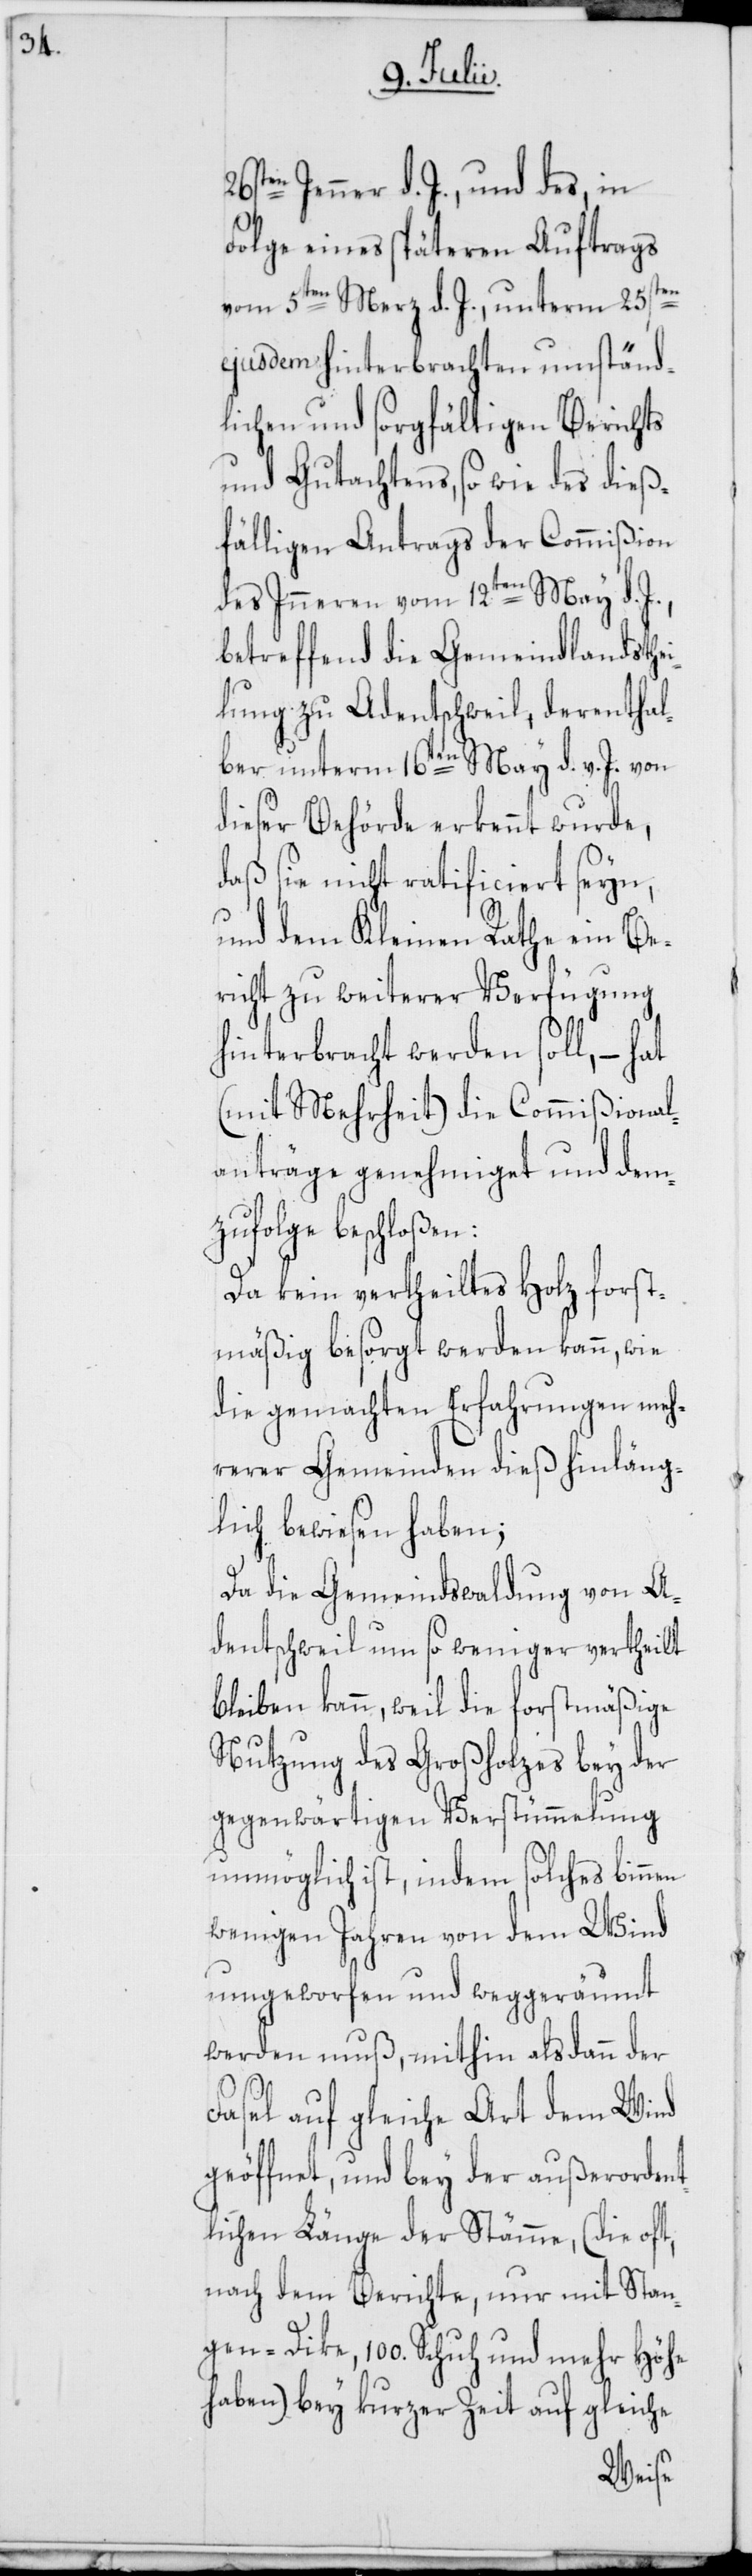
Jenner d. J., und des, in
Folge eines späteren Auftrags
vom 5ten Merz d. J., unterm 25sten
ejusdem hinterbrachten umständ¬
lichen und sorgfältigen Berichts
und Gutachtens, so wie des dieß¬
fälligen Antrags der Commißion
des Inneren vom 12ten May d.
betreffend die Gemeindlandsthei¬
lung zu Adentschweil, derenthal¬
ber unterm 16ten May d. v. J. von
dieser Behörde erkennt wurde,
daß sie nicht ratificiert seyn,
und dem Kleinen Rathe ein Be¬
richt zu weiterer Verfügung
hinterbracht werden soll, – hat
(mit Mehrheit) die Commißional¬
anträge genehmiget und dem¬
zufolge beschloßen:
Da kein vertheiltes Holz forst¬
mäßig besorgt werden kann, wie
die gemachten Erfahrungen meh¬
rerer Gemeinden dieß hinläng¬
lich bewiesen haben;
Da die Gemeindswaldung von A¬
dentschweil um so weniger vertheilt
bleiben kann, weil die forstmäßige
Nutzung des Großholzes bey der
gegenwärtigen Verstümmelung
unmöglich ist, indem solches binnen
wenigen Jahren von dem Wind
umgeworfen und weggeräumt
werden muß, mithin alsdann der
Fasel auf gleiche Art dem Wind
geöffnet, und bey der außerordent¬
lichen Länge der Stämme, (die oft,
nach dem Berichte, nur mit Stan¬
gen-Dike, 100. Schuh und mehr Höhe
haben), bey kurzer Zeit auf gleiche